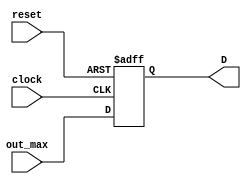
module registerSR(clock,reset,out_max,D);

input clock,reset;
input[7:0] out_max;

output[7:0] D;

reg[7:0] D=8'b00000000;

always@(posedge clock or negedge reset)
begin
 if (reset==0)
 D=8'b00000000;
 else
 D=out_max;
 end
 
endmodule